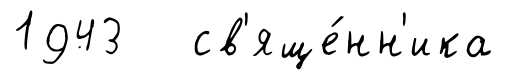
1943 св'яще́нн'ика